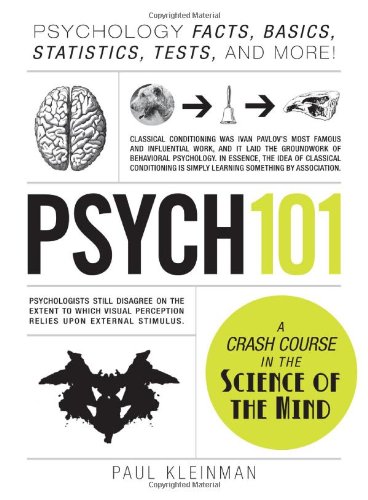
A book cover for Psych 101: Psychology Facts, Basics, Statistics, Tests, and More! (Adams 101); Paul Kleinman; Medical Books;